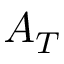
A _ { T }